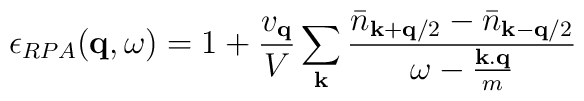
\epsilon_{RPA}({\bf{q}},\omega) = 1 + \frac{ v_{{\bf{q}}} }{V}\sum_{ {\bf{k}} }\frac{ {\bar{n}}_{ {\bf{k}} + {\bf{q}}/2 } - {\bar{n}}_{ {\bf{k}} - {\bf{q}}/2 } }{\omega - \frac{ {\bf{k.q}} }{m}}